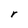
Character: r